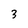
Character: 3